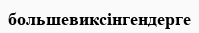
большевиксінгендерге